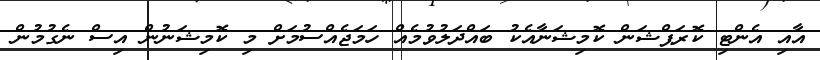
އާއި އެންޓި ކޮރަޕްޝަން ކޮމިޝަނާއެކު ބައްދަލުވުމެއް ހަމަޖެއްސުމަށް މި ކޮމިޝަނުން އިސް ނެގުމުން